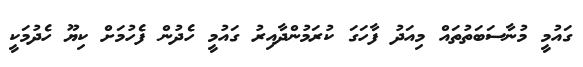
ގައުމީ މުނާސަބަތުތައް މިއަދު ފާހަގަ ކުރަމުންދާއިރު ގައުމީ ހެދުން ފެހުމަށް ކިޔޫ ހެދުމަކީ